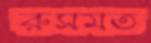
রুসমত